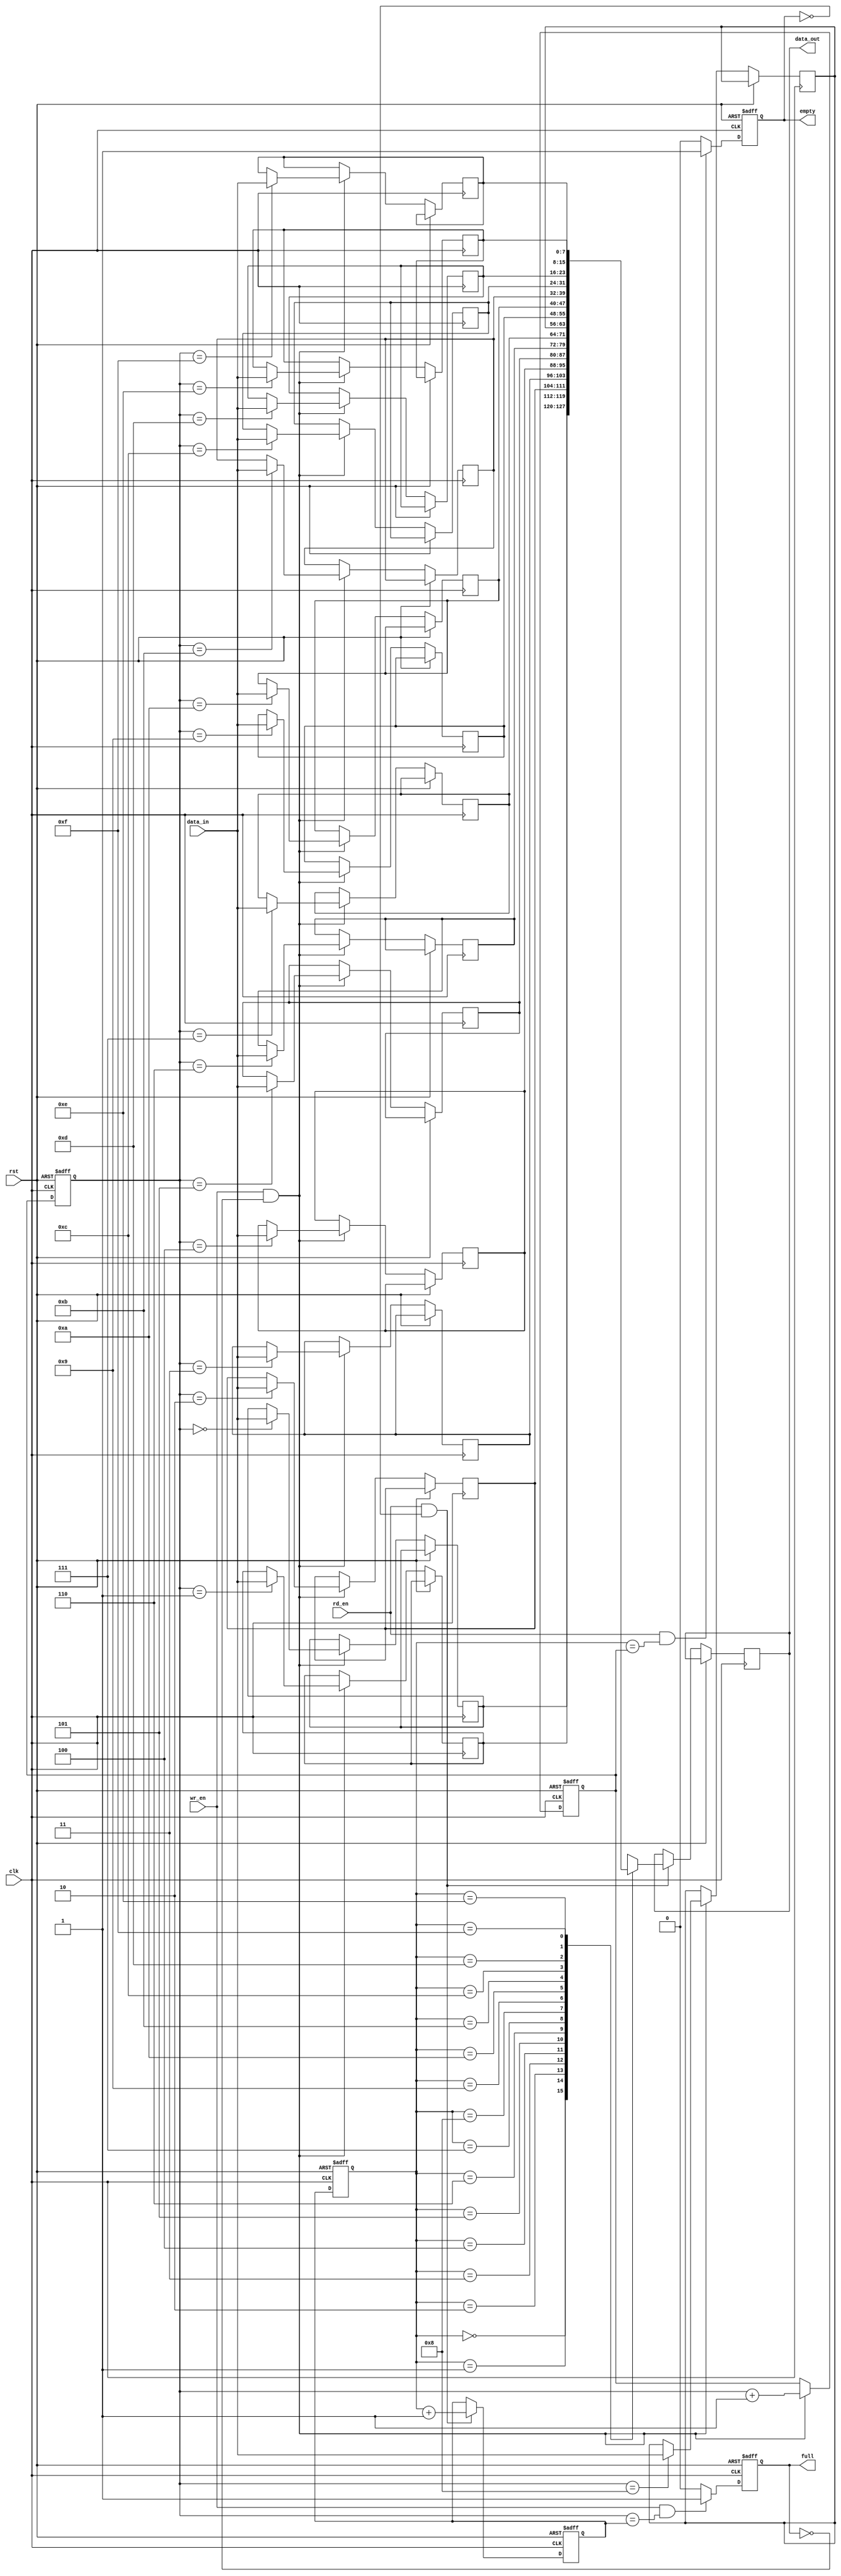
module non_blocking_fifo(
  input wire clk,
  input wire rst,
  input wire wr_en,
  input wire rd_en,
  input wire [7:0] data_in,
  output reg [7:0] data_out,
  output reg empty,
  output reg full
);

reg [7:0] memory [0:15];
reg [3:0] rd_ptr;
reg [3:0] wr_ptr;
reg [3:0] next_rd_ptr;
reg [3:0] next_wr_ptr;

always @(posedge clk or posedge rst) begin
  if (rst) begin
    rd_ptr <= 4'b0000;
    wr_ptr <= 4'b0000;
    next_rd_ptr <= 4'b0000;
    next_wr_ptr <= 4'b0000;
    empty <= 1'b1;
    full <= 1'b0;
  end else begin
    if (wr_en && !full) begin
      memory[wr_ptr] <= data_in;
      next_wr_ptr <= wr_ptr + 1;
    end
    if (rd_en && !empty) begin
      data_out <= memory[rd_ptr];
      next_rd_ptr <= rd_ptr + 1;
    end

    if (wr_en && (wr_ptr == next_rd_ptr)) begin
      full <= 1'b1;
    end else begin
      full <= 1'b0;
    end
    if (rd_en && (rd_ptr == next_wr_ptr)) begin
      empty <= 1'b1;
    end else begin
      empty <= 1'b0;
    end

    wr_ptr <= next_wr_ptr;
    rd_ptr <= next_rd_ptr;
  end
end

endmodule